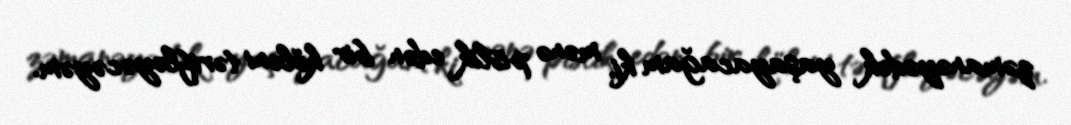
zəmanəyədək yaşayacağam ki, mənə pislik edən bir köləni tərifləyəcəyəm.